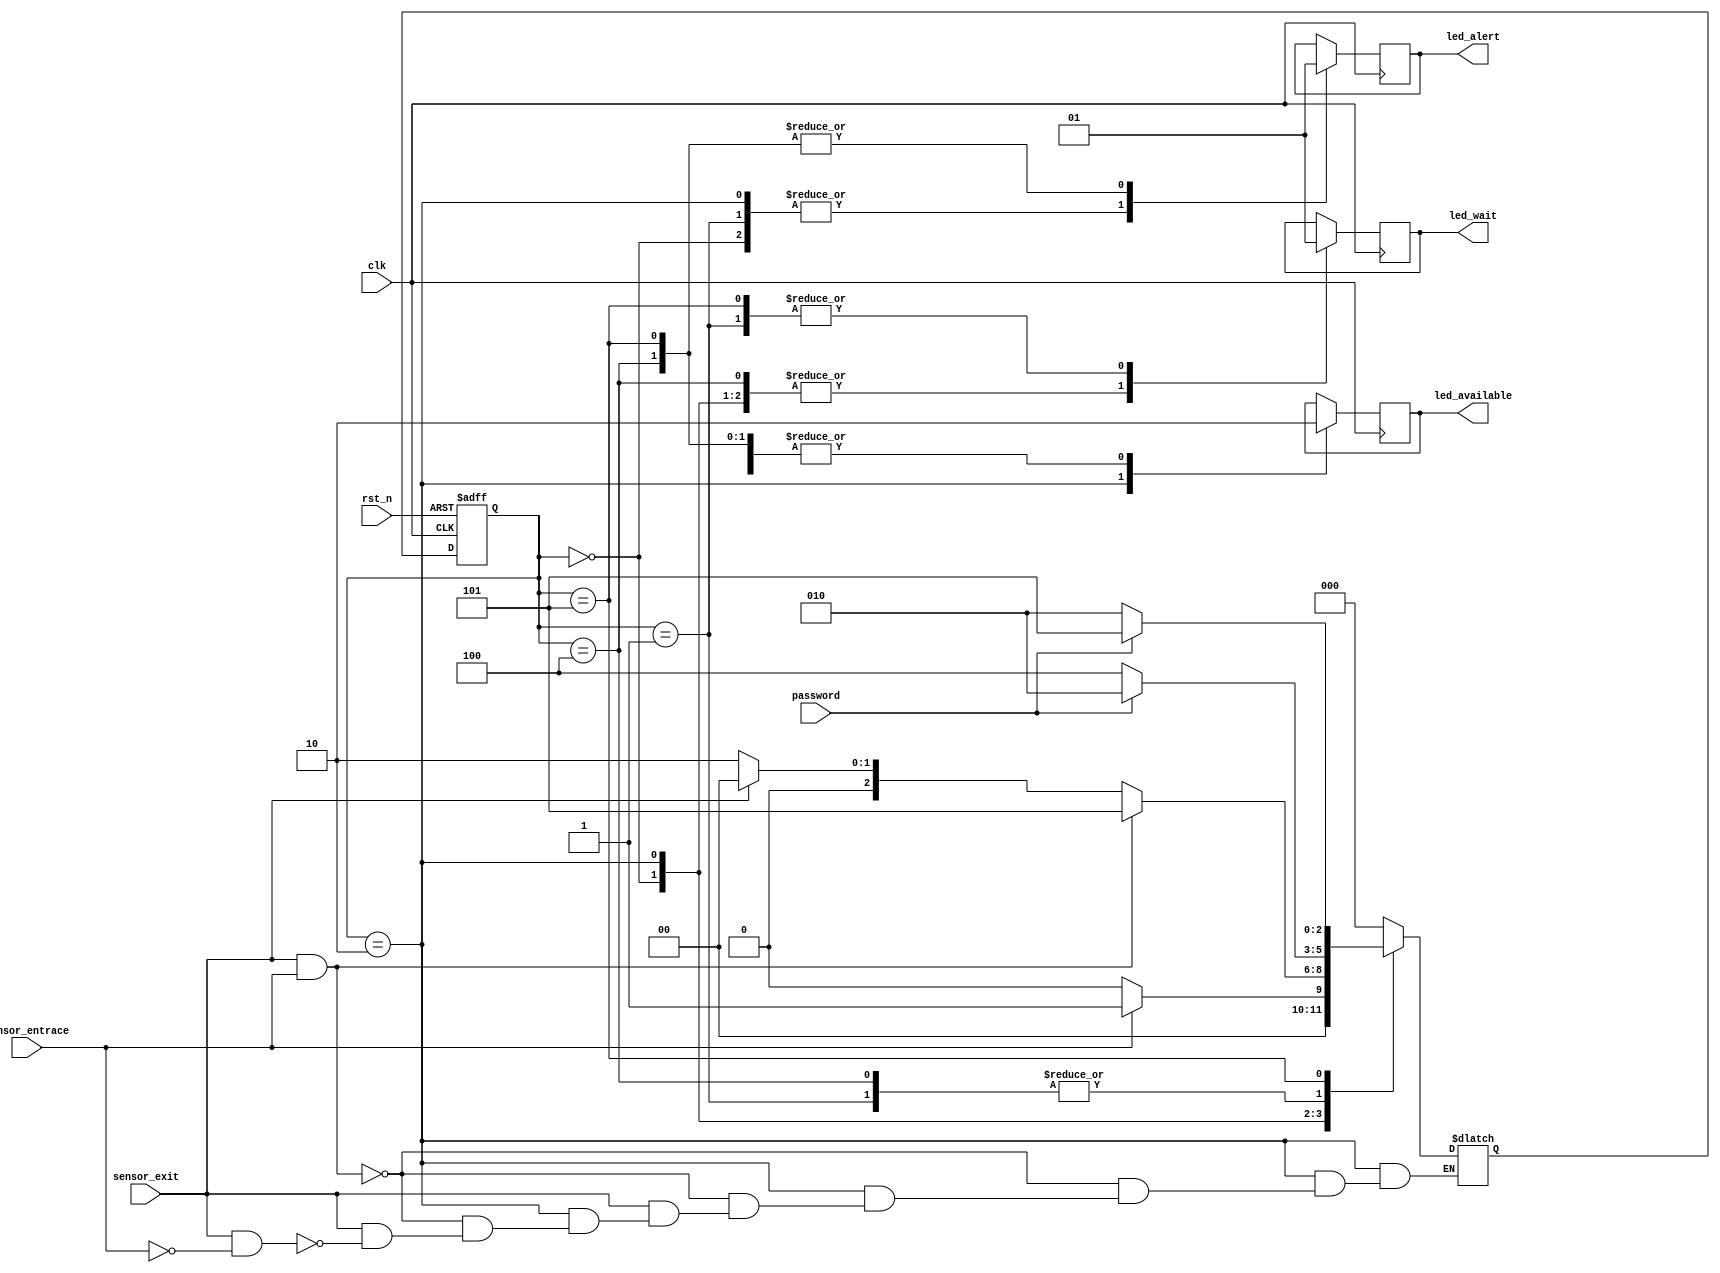
module car_parking_fsm(clk, rst_n, sensor_entrace, sensor_exit, password, led_alert, led_available, led_wait);
// input
input clk, rst_n;  
input sensor_entrace; // 1 if detect car go in
input sensor_exit;  // 1 if detect car go out
input password;  // 1 if true, 0 if false

// output
output reg led_alert;
output reg led_available;
output reg led_wait;
// internal signal
reg [2:0] current_state, next_state;
// State encoding
parameter IDLE = 3'b000;
parameter WAIT_PASSWORD = 3'b001;
parameter RIGHT_PASS = 3'b010;
parameter WRONG_PASS = 3'b100;
parameter STOP = 3'b101;
//
// Next State
always@(posedge clk or negedge rst_n)
begin
	if(~rst_n)
		current_state <= IDLE;
	else 
		current_state <= next_state;
end
//
// Change State
always@(*)
begin
	case(current_state)
		IDLE:
		begin
			if (sensor_entrace) 
			next_state = WAIT_PASSWORD;
			else 
			next_state = IDLE;
		end
		WAIT_PASSWORD:
		begin
			if(password)
			next_state = RIGHT_PASS;
			else 
			next_state = WRONG_PASS;
		end
		RIGHT_PASS:
		begin
			if(sensor_exit==1 && sensor_entrace ==1 )
			next_state = STOP;
			else if (~sensor_exit)
			next_state = RIGHT_PASS;
			else if (sensor_exit==1 && sensor_entrace == 0)
			next_state = IDLE;
		end
		WRONG_PASS:
		begin
			if(password)
			next_state = RIGHT_PASS;
			else next_state = WRONG_PASS;
		end
		STOP:
		begin
			if(password)
			next_state = STOP;
			else 
			next_state = RIGHT_PASS;
		end
		default: next_state = IDLE;
	endcase
end
always@(posedge clk)
begin
	case(current_state)
	IDLE: begin
		led_alert = 1'b0;
		led_available = 1'b0;
		led_wait = 1'b0;
	end
	WAIT_PASSWORD: begin
		led_alert = 1'b0;
		led_available = 1'b0;
		led_wait = 1'b1; 
	end
	RIGHT_PASS: begin
		led_alert = 1'b0;
		led_available = 1'b1;
		led_wait = 1'b0; 
	end
	WRONG_PASS: begin
		led_alert = 1'b1;
		led_available = 1'b0;
		led_wait = 1'b0; 
	end
	STOP: begin
		led_alert = 1'b1;
		led_available = 1'b0;
		led_wait = 1'b1; 
	end
	//default: IDLE;
	endcase
end
endmodule